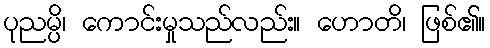
ပုညမ္ပိ၊ ကောင်းမှုသည်လည်း။ ဟောတိ၊ ဖြစ်၏။